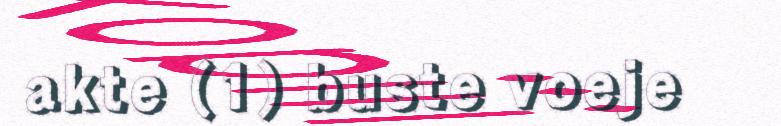
akte (1) buste voeje